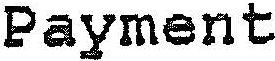
PAYMENT